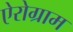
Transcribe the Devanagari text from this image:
ऐरोग्राम